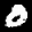
Label: 0